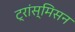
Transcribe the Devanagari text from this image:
ट्रांस्मिसन